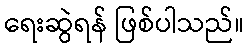
ရေးဆွဲရန် ဖြစ်ပါသည်။